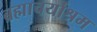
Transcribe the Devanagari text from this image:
ब्रह्माचर्याश्रम